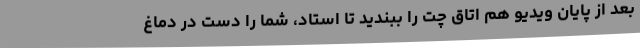
بعد از پایان ویدیو هم اتاق چت را ببندید تا استاد، شما را دست در دماغ